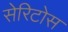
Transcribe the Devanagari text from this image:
सेरिटोस